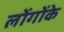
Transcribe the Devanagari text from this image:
लोंगोंके